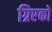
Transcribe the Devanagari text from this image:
ग्रिएको